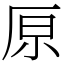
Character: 𠩤